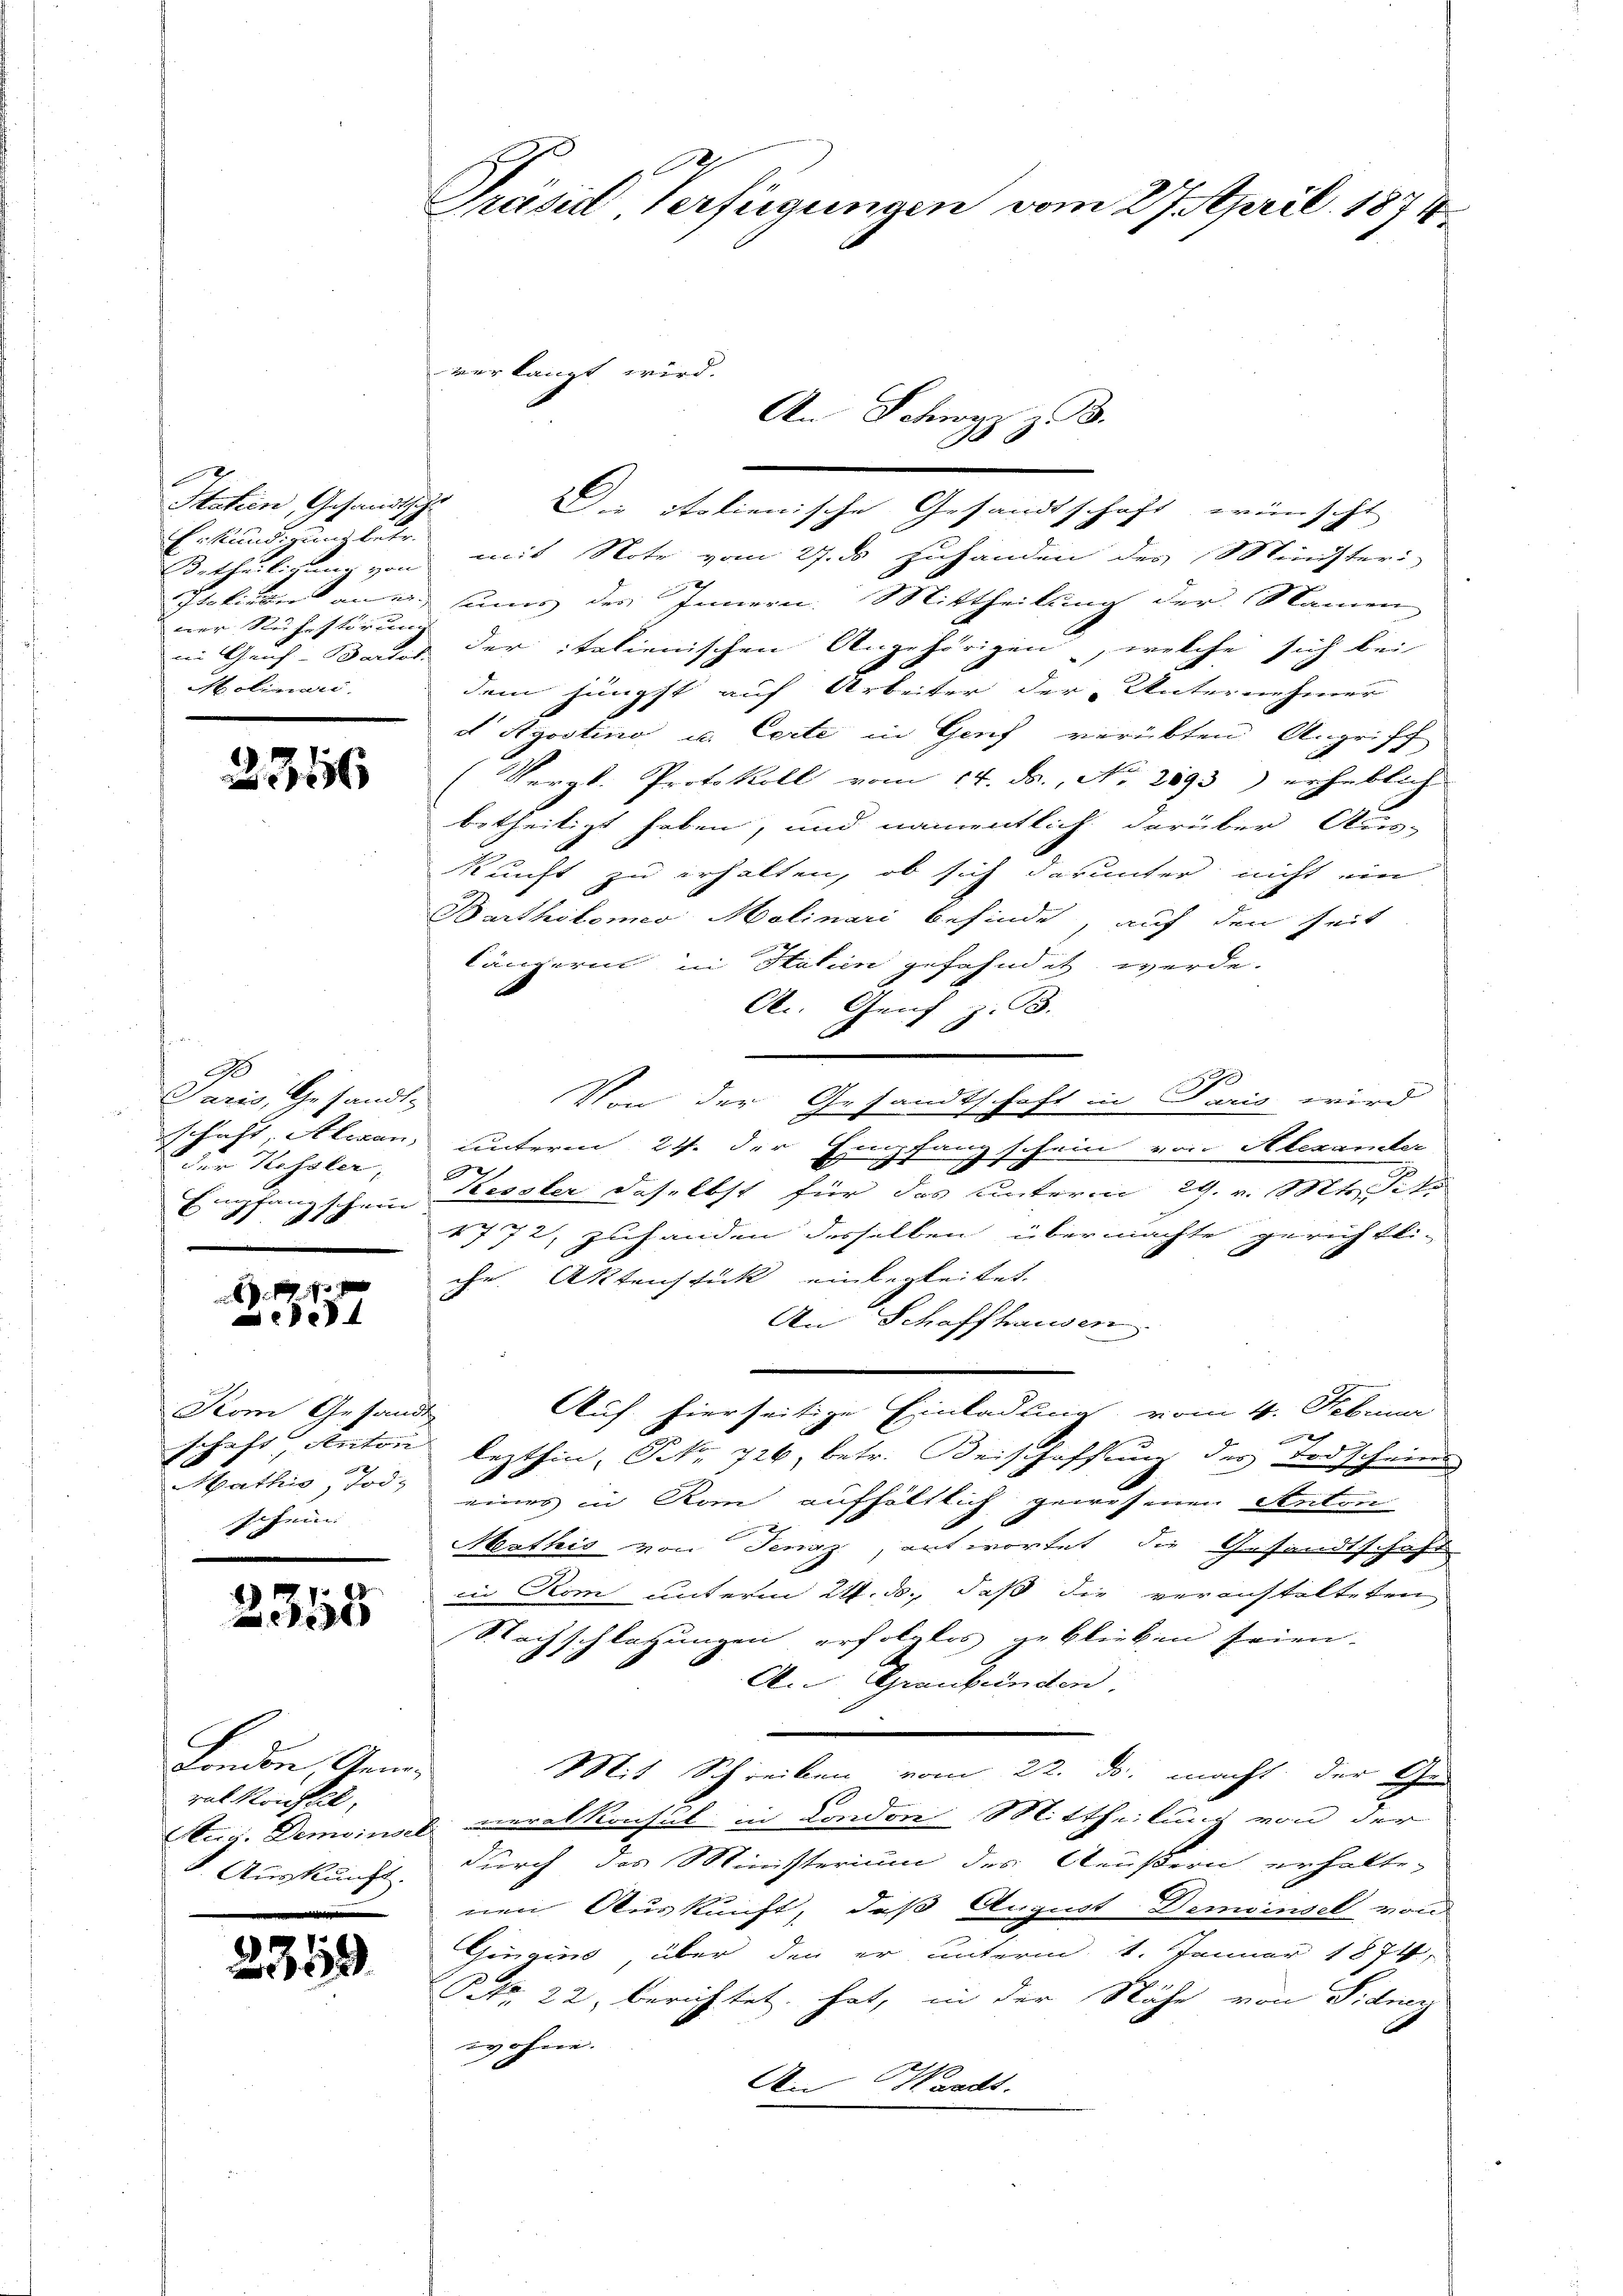
Statien, Gesandth
Erkundigung betr.
Betheilien von
Pretikon Kamer.
ner Ruhestörung
im Genf. Bartot.
Molinari

2346

9
Paris, Gesandt-
schaft, Alexan
der Kessler,
Empfang schein

17 x
e

Kom Gesand
schaft Anton
Mathis, Tod.
schein

2318

Landen, Geme
ral Konfel
Aug. Demoinsel
Auskunft.

2349

Prased Verfügungen vom 27. April 1874

mit Note vom 27. ds zuhanden des Minister
sans des Innern. Mittheilung der Namen
der italienischen Angehörigen, welche sich bei
dem jüngst auf Arbeiter der Unternehmer
d Agostino u. Certe in Genf verübten Angriff
Vergl. Protokoll vom 14. ds., No. 2893) erheblich
betheiligt haben, und namentlich darüber Aus-
kunft zu erhalten, ob sich darunter nicht ein
Barthilomeo Molinari befinde, auf den seit
längerin in Statien gefahndit werde.
C. Genf z. B.
9
.
Von der Gesandtschaft in Paris wird
unterm 24. der Empfang schein von Alexanter
3
Kessler daselbst für das unterm 29. v. Mts. Tite
1772, zuhanden desselben übermachte Berichtli
x
V
che Aktenstück einbegleitet.
An Schaffhausen
Auf hierseitige Einladung vom 4. Februar

lezthin, Nr. 726, betr. Beischaffung des Todscheine
eines in Rom aufhältlich gewesenen Anton
Mathis von Jenaz, antwortet die Gesandtschaft
iin Rom unterm 21. ds., daß die veranstalteten
Nachschlagungen erfolglos geblieben seien.
An Graubünden.
e
Mit Schreiben vom 22. ds. macht der Gen
meralkonsul in London Mittheilung von der
durch das Ministerium des Aeußern erhalte-
nen Auskunft, daß August Demoinsel von
Gingins, über den er unterm 1. Januar 1874,
Prt. 22, berichtet hat, in der Nähe von Sidnen
wohne.
An Waadt.

An Schwyz z. B.
F
Die italienische Gesandtschaft wünscht

verlangt wird.